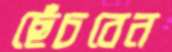
ছেঁচবেন